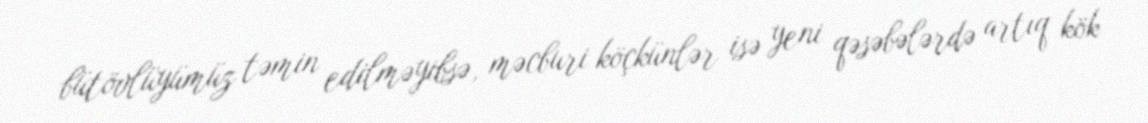
bütövlüyümüz təmin edilməyibsə, məcburi köçkünlər isə yeni qəsəbələrdə artıq kök